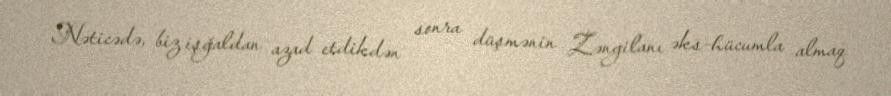
Nəticədə, biz işğaldan azad etdikdən sonra düşmənin Zəngilanı əks-hücumla almaq